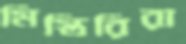
মিস্তিরিরা